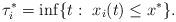
LaTeX: \begin{align*}\tau_i^{*}=\inf\{t:\ x_i(t)\leq x^*\}.\end{align*}